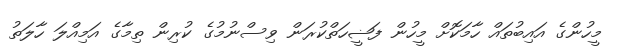
މީހުންގެ އައިބުތައް ހާމަކޮށް މީހުން ފަޟީހަތްކުރަން ވިސްނުމުގެ ކުރިން ތިމާގެ އަމިއްލަ ހާލަތު